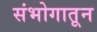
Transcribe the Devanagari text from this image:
संभोगातून